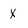
Character: x